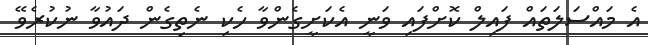
އެ މައްސަލަތައް ފައިލް ކޮށްފައި ވަނީ އެކަށީގެންވާ ހެކި ނެތިގެން ދައުވާ ނުކުރެވޭ